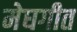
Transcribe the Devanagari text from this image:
मेघगीत